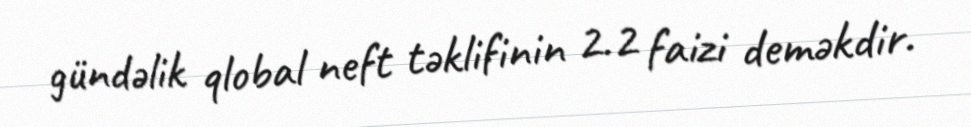
gündəlik qlobal neft təklifinin 2.2 faizi deməkdir.